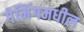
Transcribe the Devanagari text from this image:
गेमिंगमधील